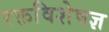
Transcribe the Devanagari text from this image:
रक्तविशेषज्ञ